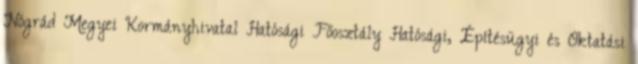
Nógrád Megyei Kormányhivatal Hatósági Főosztály Hatósági, Építésügyi és Oktatási